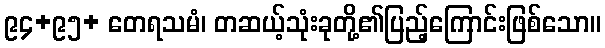
၉၄+၉၅+ တေရသမံ၊ တဆယ့်သုံးခုတို့၏ပြည့်ကြောင်းဖြစ်သော။